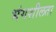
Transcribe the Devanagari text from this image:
भंगशीलता